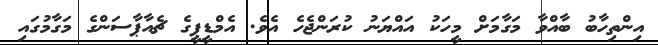
އިންތިހާބު ބާއްވާ މަގާމަށް މީހަކު އައްޔަނު ކުރަންޖެހެ އެވެ. އެމްޑީޕީގެ ޗެއާޕާސަންގެ މަގާމުގައި